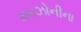
મનઝોનીના